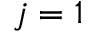
j = 1